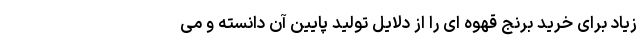
زیاد برای خرید برنج قهوه ای را از دلایل تولید پایین آن دانسته و می